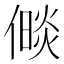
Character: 𪝧